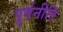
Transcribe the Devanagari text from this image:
पूर्वनीति